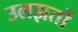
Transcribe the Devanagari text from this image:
उलझतों